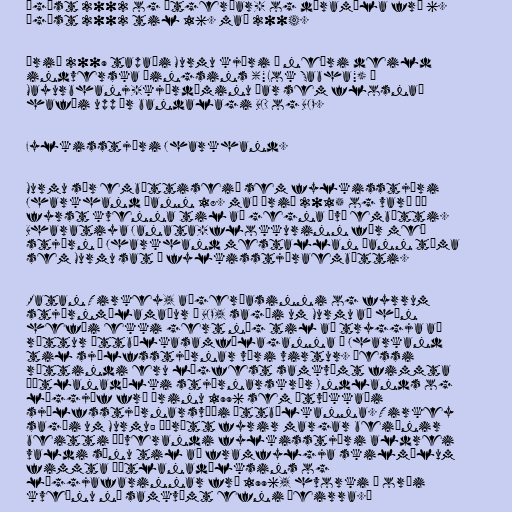
ágúst 2002 og útgerðar- og dýramála frá 6.
ágúst 2002 til 16. maí 2004.

Árið 2009 tapaði Murmu kjöri á neðri deild
indverska þingsins ("Lok Sabha") í
Mayurbhanj-kjördæminu þar sem flosnað
hafði upp úr bandalagi BJD og BJP.

Fylkisstjóri Jharkhand.

Murmu sór embættiseið sem fylkisstjóri
Jharkhand þann 18. maí árið 2015 og varð þá
fyrst kvenna til að gegna því embætti.
Bharatiya Janata-flokkurinn fór með
stjórn í Jharkhand mestallan þann tíma
sem Murmu sat í fylkisstjóraembætti.

Ratan Tirkey, aðgerðasinni og fyrrum
stjórnmálamaður í BJP, sagði um Murmu að hún
hefði ekki gert nóg til að tryggja að
réttur ættbálkasamfélaganna í Jharkand
til sjálfsstjórnar væri virtur. Þessi
réttindi eru lögfest samkvæmt fimmta
áætlanadálki stjórnarskrár Indlands og
löggjöf frá árinu 1996 sem útvíkkaði
sjálfsstjórnarsvæði ættbálkanna. Tirkey
sagði um Murmu: „Þrátt fyrir margar beiðnir
beitti þáverandi fylkisstjóri aldrei
valdi sínu til að framfylgja skilmálum
fimmta áætlanadálksins og
löggjafarinnar frá 1996, hvorki í orði
kveðnu né samkvæmt efni þeirra.“